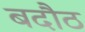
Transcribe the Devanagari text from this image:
बदौठ